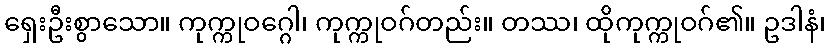
ရှေးဦးစွာသော။ ကုက္ကုဝဂ္ဂေါ၊ ကုက္ကုဝဂ်တည်း။ တဿ၊ ထိုကုက္ကုဝဂ်၏။ ဥဒါနံ၊